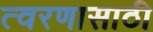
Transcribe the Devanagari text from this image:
त्वरणासाठी